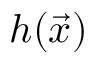
h ( \vec { x } )